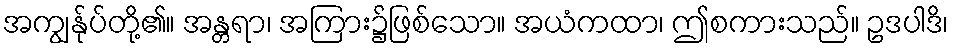
အကျွန်ုပ်တို့၏။ အန္တရာ၊ အကြား၌ဖြစ်သော။ အယံကထာ၊ ဤစကားသည်။ ဥဒပါဒိ၊